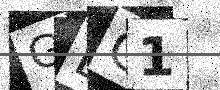
Text: GBG1